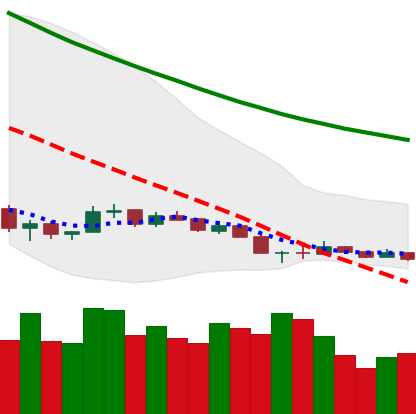
Ticker: NEO-USD
Chart end date: 2018-12-13
Forward return: 18.935%
Label: up_7plus